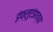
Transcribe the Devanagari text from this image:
इंफ्लुएंझाच्या